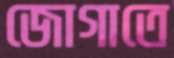
জোগাতে